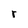
Character: r